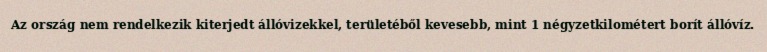
Az ország nem rendelkezik kiterjedt állóvizekkel, területéből kevesebb, mint 1 négyzetkilométert borít állóvíz.